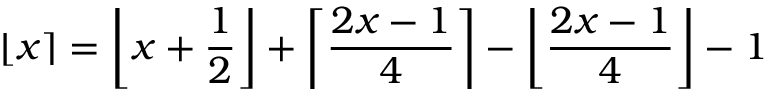
\lfloor x \rceil = \left\lfloor x + { \frac { 1 } { 2 } } \right\rfloor + \left\lceil { \frac { 2 x - 1 } { 4 } } \right\rceil - \left\lfloor { \frac { 2 x - 1 } { 4 } } \right\rfloor - 1